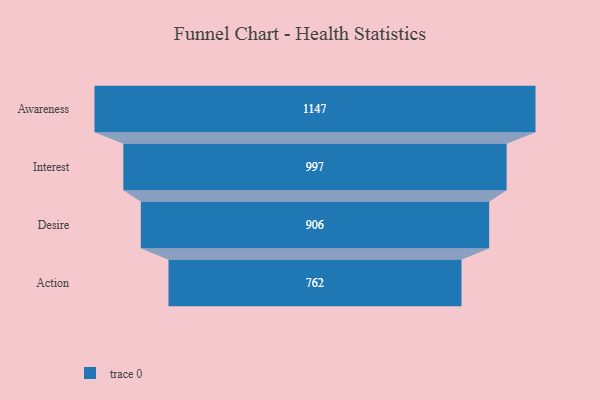
{"axis": {"x": "Stage", "y": "Value"}, "legend": [""], "data": [{"x": "Awareness", "y": 1147.0, "type": ""}, {"x": "Interest", "y": 997.0, "type": ""}, {"x": "Desire", "y": 906.0, "type": ""}, {"x": "Action", "y": 762.0, "type": ""}]}